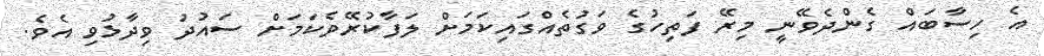
އެ ހިސާބައް ގެންދެވޭނީ މިރޭ ފަތިހުގެ ވަގުތެއްގައިކަމަށް ލަފާކުރޭވެކަމަށް ސައުދު ވިދާޅުވި އެވެ.